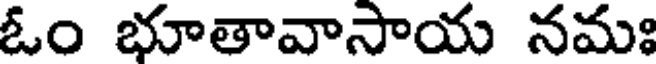
ఓం భూతావాసాయ నమః